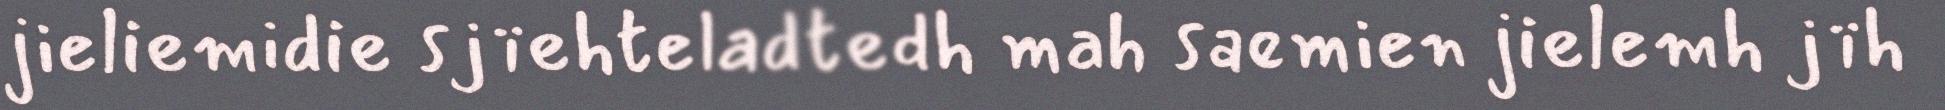
jieliemidie sjïehteladtedh mah saemien jielemh jïh